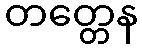
တတ္တေန